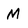
Character: M